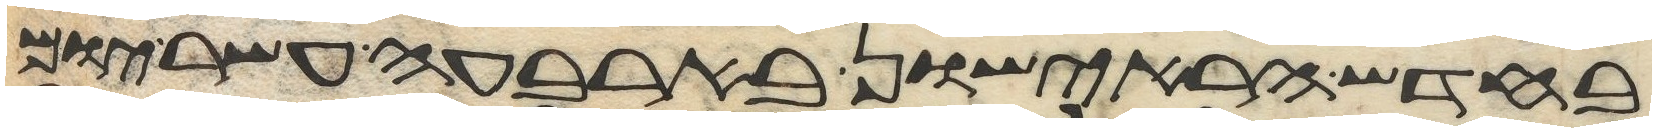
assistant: בחדש הראישון בארבעה עשר יום